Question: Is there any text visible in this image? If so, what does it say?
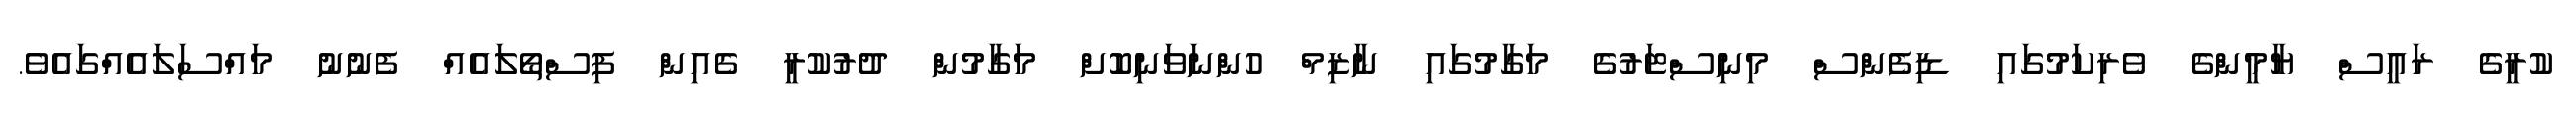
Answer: ކުރީގެ ރައީސް ޔާމީންގެ ވެރިކަމުގައި ޑިފެންސް މިނިސްޓަރުގެ މަގާމުގައި ނާޒިމް ހުންނަވަނިކޮށް މަގާމުން ދުރުކުރީ ގެއިން ފިސްތޯލައެއް ފެނުނު މައްސަލައެއްގައެވެ.